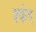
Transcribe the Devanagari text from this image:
श्कंद